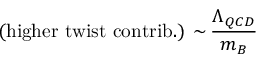
\mathrm { ( h i g h e r \, \, t w i s t \, \, c o n t r i b . ) \, \sim \, } \frac { \Lambda _ { Q C D } } { m _ { B } }